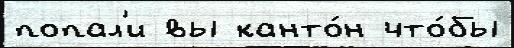
попал'и вы канто́н что́бы